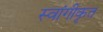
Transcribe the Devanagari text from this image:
स्वांगीकृत